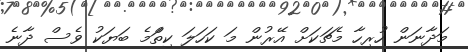
މަދާނަން ހުރިހާ މެޗަކަށް އޭރުން މަ ކަހަލަ ކިތަްމެ ބަޔަކު ވެސް ދާނެ